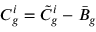
C _ { g } ^ { i } = \tilde { C } _ { g } ^ { i } - \bar { B } _ { g }